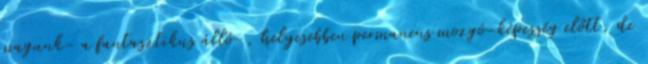
magunk- a fantasztikus álló-, helyesebben permanens mozgó-képesség előtt, de